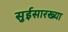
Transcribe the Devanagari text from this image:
सुईसारख्या